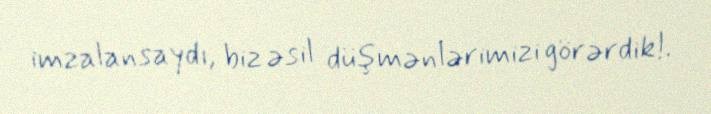
imzalansaydı, biz əsil düşmənlərimizi görərdik!.